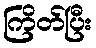
ကြိတ်ပြီး